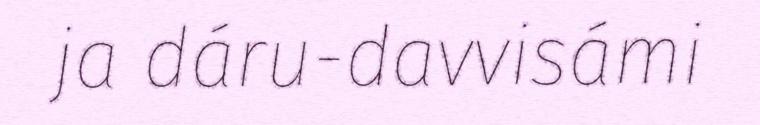
ja dáru-davvisámi